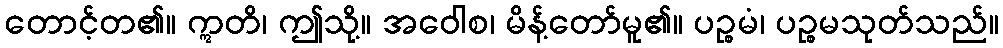
တောင့်တ၏။ ဣတိ၊ ဤသို့။ အဝေါစ၊ မိန့်တော်မူ၏။ ပဉ္စမံ၊ ပဉ္စမသုတ်သည်။